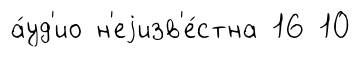
а́уд'ио н'еjизв'е́стна 16 10